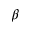
\beta